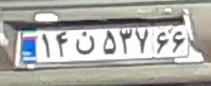
۱۴ن۵۳۷۶۶